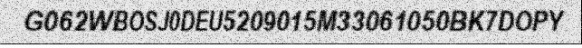
G062WBOSJ0DEU5209015M33061050BK7DOPY